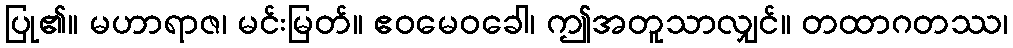
ပြု၏။ မဟာရာဇ၊ မင်းမြတ်။ ဧဝမေဝခေါ၊ ဤအတူသာလျှင်။ တထာဂတဿ၊